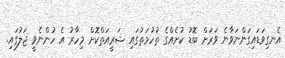
އެނގިވަޑައިގަންނަވާނެ ވަރަށް ބޮޑު ކުށެއްގެ ތުހުމަތުގައި ޝަރީއަތްކޮށް މިހާރު އެ ހުންނެވީ ޖަލުގައި.